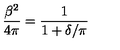
{ \frac { \beta ^ { 2 } } { 4 \pi } } = { \frac { 1 } { 1 + \delta / \pi } }